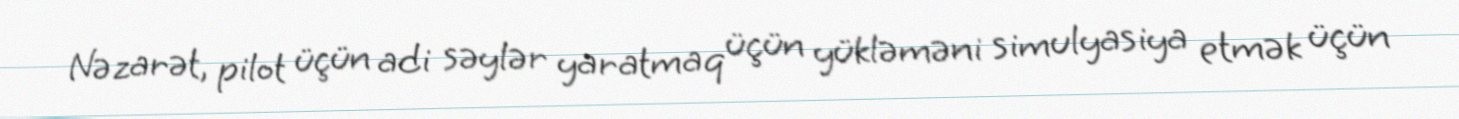
Nəzarət, pilot üçün adi səylər yaratmaq üçün yükləməni simulyasiya etmək üçün